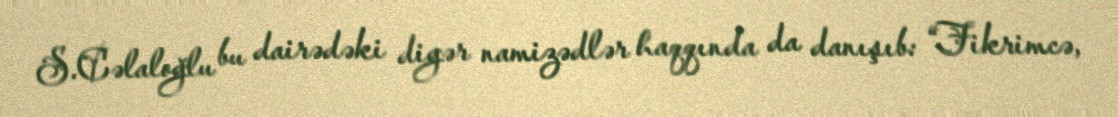
S.Cəlaloğlu bu dairədəki digər namizədlər haqqında da danışıb: “Fikrimcə,